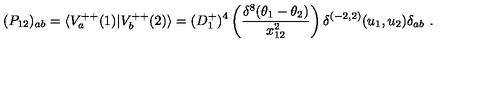
( P _ { 1 2 } ) _ { a b } = \langle V _ { a } ^ { + + } ( 1 ) \vert V _ { b } ^ { + + } ( 2 ) \rangle = ( D _ { 1 } ^ { + } ) ^ { 4 } \left( { \frac { \delta ^ { 8 } ( \theta _ { 1 } - \theta _ { 2 } ) } { x _ { 1 2 } ^ { 2 } } } \right) \delta ^ { ( - 2 , 2 ) } ( u _ { 1 } , u _ { 2 } ) \delta _ { a b } \ .